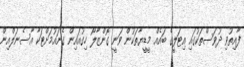
ފާއިތުވި ދުވަސްތަކުގައި އިޓަލީގެ ބައެއް މީޑީޔާތަކުން ވަނީ ގޮންޒާލޯ ހިގުއައިން ގެނައުމަށްޓަކާ އާސެނަލްއިން